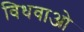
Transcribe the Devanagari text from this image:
विधवाओ